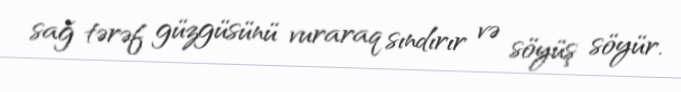
sağ tərəf güzgüsünü vuraraq sındırır və söyüş söyür.